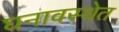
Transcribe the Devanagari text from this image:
घनावस्थेत